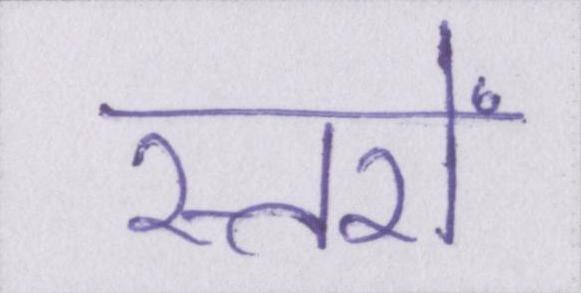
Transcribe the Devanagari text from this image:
स्तरों